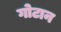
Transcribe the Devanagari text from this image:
गोटान